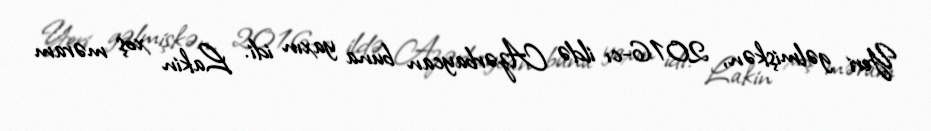
Yeri gəlmişkən, 2016-cı ildə Azərbaycan buna yaxın idi. Lakin xoş məram